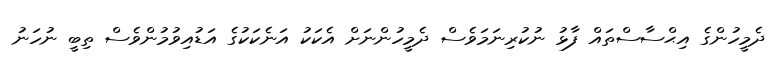
ދެމީހުންގެ އިޙްސާސްތައް ފާޅު ނުކުރިނަމަވެސް ދެމީހުންނަށް އެކަކު އަނެކަކުގެ އަޑުއިވުމުންވެސް ތިބީ ނުހަނު